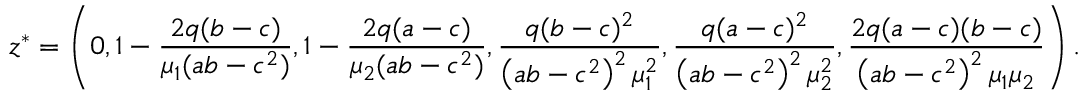
\boldsymbol { z } ^ { * } = \left( 0 , 1 - \frac { 2 q ( b - c ) } { \mu _ { 1 } ( a b - c ^ { 2 } ) } , 1 - \frac { 2 q ( a - c ) } { \mu _ { 2 } ( a b - c ^ { 2 } ) } , \frac { q ( b - c ) ^ { 2 } } { \left( a b - c ^ { 2 } \right) ^ { 2 } \mu _ { 1 } ^ { 2 } } , \frac { q ( a - c ) ^ { 2 } } { \left( a b - c ^ { 2 } \right) ^ { 2 } \mu _ { 2 } ^ { 2 } } , \frac { 2 q ( a - c ) ( b - c ) } { \left( a b - c ^ { 2 } \right) ^ { 2 } \mu _ { 1 } \mu _ { 2 } } \right) .